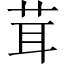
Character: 茸